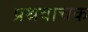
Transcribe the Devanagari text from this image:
प्रश्रवाचक